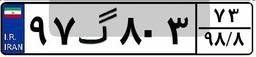
۸۰گ۵۱۰۷۴